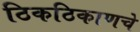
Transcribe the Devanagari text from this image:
ठिकठिकाणचे